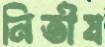
নিতীষ